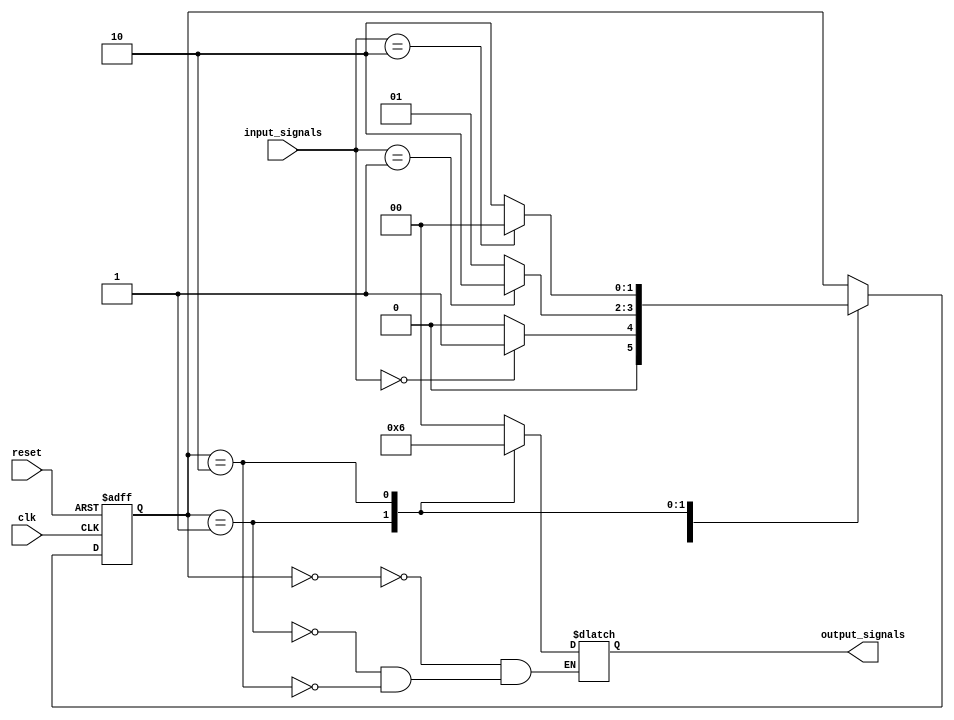
module Moore_State_Machine (
    input clk,
    input reset,
    input [1:0] input_signals,
    output reg [1:0] output_signals
    );

    reg [1:0] current_state;
    
    parameter State_A = 2'b00;
    parameter State_B = 2'b01;
    parameter State_C = 2'b10;
    
    always @(posedge clk or posedge reset) begin
        if (reset) begin
            current_state <= State_A;
        end else begin
            case (current_state)
                State_A: begin
                    if (input_signals == 2'b00)
                        current_state <= State_B;
                    else
                        current_state <= State_A;
                end
                State_B: begin
                    if (input_signals == 2'b01)
                        current_state <= State_C;
                    else
                        current_state <= State_B;
                end
                State_C: begin
                    if (input_signals == 2'b10)
                        current_state <= State_A;
                    else
                        current_state <= State_C;
                end
            endcase
        end
    end
    
    always @(*) begin
        case (current_state)
            State_A: output_signals = 2'b00;
            State_B: output_signals = 2'b01;
            State_C: output_signals = 2'b10;
        endcase
    end

endmodule